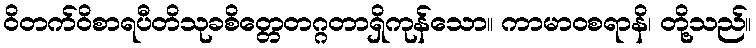
ဝိတက်ဝိစာရပီတိသုခစိတ္တေတဂ္ဂတာရှိကုန်သော။ ကာမာဝစရာနိ၊ တို့သည်။